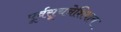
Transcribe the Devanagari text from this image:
पूर्वसूचनेशिवाय